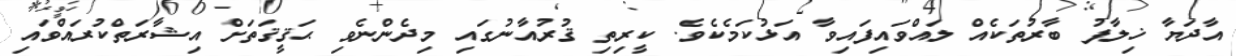
އާދަޔާ ޚިލާފު ބާރުތަކެއް ލައްވައިފައިވާ އަޅުކަމެކެވެ. ކީރިތި ޤުރުއާނުގައި މިދެންނެވި ޙަޤީޤަތަށް އިޝާރަތްކުރައްވައި